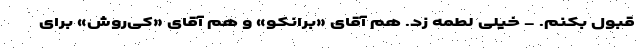
قبول بکنم. - خیلی لطمه زد. هم آقای «برانکو» و هم آقای «کی‌روش» برای